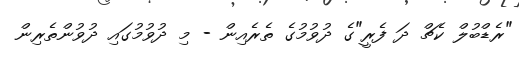
"ރެޑްބުލް ކެޗް ދަ ފެރީ"ގެ ދުވުމުގެ ތެރެއިން - މި ދުވުމުގައި ދުވުންތެރިން